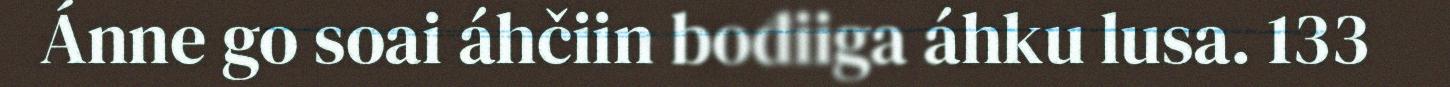
Ánne go soai áhčiin bođiiga áhku lusa. 133